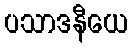
ပသာဒနီယေ